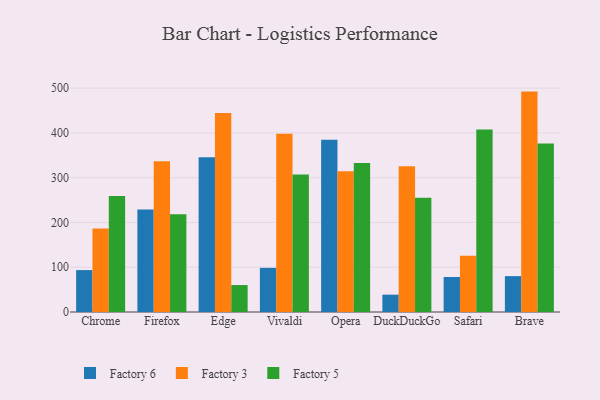
{"axis": {"x": "Browser", "y": "Market Share (%)"}, "legend": ["Factory 3", "Factory 5", "Factory 6"], "data": [{"x": "Chrome", "y": 93.6, "type": "Factory 6"}, {"x": "Chrome", "y": 186.3, "type": "Factory 3"}, {"x": "Chrome", "y": 258.9, "type": "Factory 5"}, {"x": "Firefox", "y": 228.8, "type": "Factory 6"}, {"x": "Firefox", "y": 336.6, "type": "Factory 3"}, {"x": "Firefox", "y": 218.2, "type": "Factory 5"}, {"x": "Edge", "y": 345.8, "type": "Factory 6"}, {"x": "Edge", "y": 444.6, "type": "Factory 3"}, {"x": "Edge", "y": 60.2, "type": "Factory 5"}, {"x": "Vivaldi", "y": 98.6, "type": "Factory 6"}, {"x": "Vivaldi", "y": 398.0, "type": "Factory 3"}, {"x": "Vivaldi", "y": 307.2, "type": "Factory 5"}, {"x": "Opera", "y": 385.0, "type": "Factory 6"}, {"x": "Opera", "y": 314.5, "type": "Factory 3"}, {"x": "Opera", "y": 332.7, "type": "Factory 5"}, {"x": "DuckDuckGo", "y": 38.7, "type": "Factory 6"}, {"x": "DuckDuckGo", "y": 325.5, "type": "Factory 3"}, {"x": "DuckDuckGo", "y": 255.4, "type": "Factory 5"}, {"x": "Safari", "y": 78.2, "type": "Factory 6"}, {"x": "Safari", "y": 125.4, "type": "Factory 3"}, {"x": "Safari", "y": 407.4, "type": "Factory 5"}, {"x": "Brave", "y": 80.1, "type": "Factory 6"}, {"x": "Brave", "y": 492.3, "type": "Factory 3"}, {"x": "Brave", "y": 376.6, "type": "Factory 5"}]}